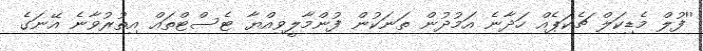
''ފުލް މެޑިކަލް ޗެކަޕެއް ހަދާނެ އަމުދުން ތަނަކުން ފުންމާލީވިއްޔާ ޓެސްޓްތައް އިތުރުވާނެ އޭނަގެ